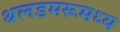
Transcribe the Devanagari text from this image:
थलडमरूमध्य